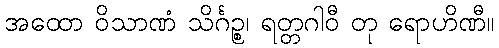
အထော ဝိသာဏံ သိင်္ဂဉ္စ၊ ရတ္တဂါဝီ တု ရောဟိဏီ။